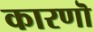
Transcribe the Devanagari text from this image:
कारणॊ